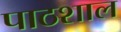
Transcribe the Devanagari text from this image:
पाठशाल